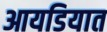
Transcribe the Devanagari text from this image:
आयडियात